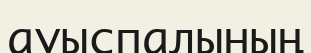
ауыспалының